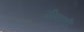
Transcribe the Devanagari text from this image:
जैनादी